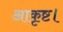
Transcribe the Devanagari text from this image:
आकृष्ट।